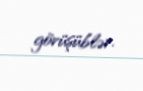
görüşüblər.